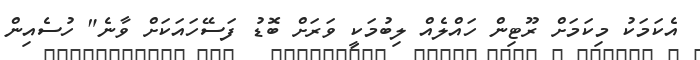
އެކަމަކު މިކަމަށް ރޫޓިން ހައްލެއް ލިބުމަކީ ވަރަށް ބޮޑު ފަސޭހައަކަށް ވާނެ" ހުސެއިން